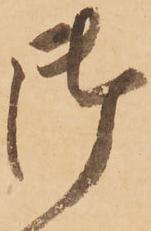
御